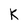
Character: k